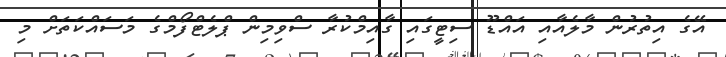
އޭގެ އިތުރުން މާލެއާއި އައްޑޫ ސިޓީގައި ގާއިމްކުރާ ސްވިމިން ޕްލެޓްފޯމްގެ މަސައްކަތަށް މި